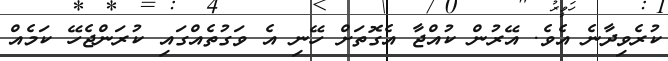
ކުރެވިދާނެ އެވެ. އޭރުން ކުއްޖާ އެގޮތަށް ހޭނި އެ ވަގުތެއްގައި ކުރަންޖެހޭ ކަމެއް